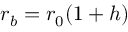
r _ { b } = r _ { 0 } ( 1 + h )